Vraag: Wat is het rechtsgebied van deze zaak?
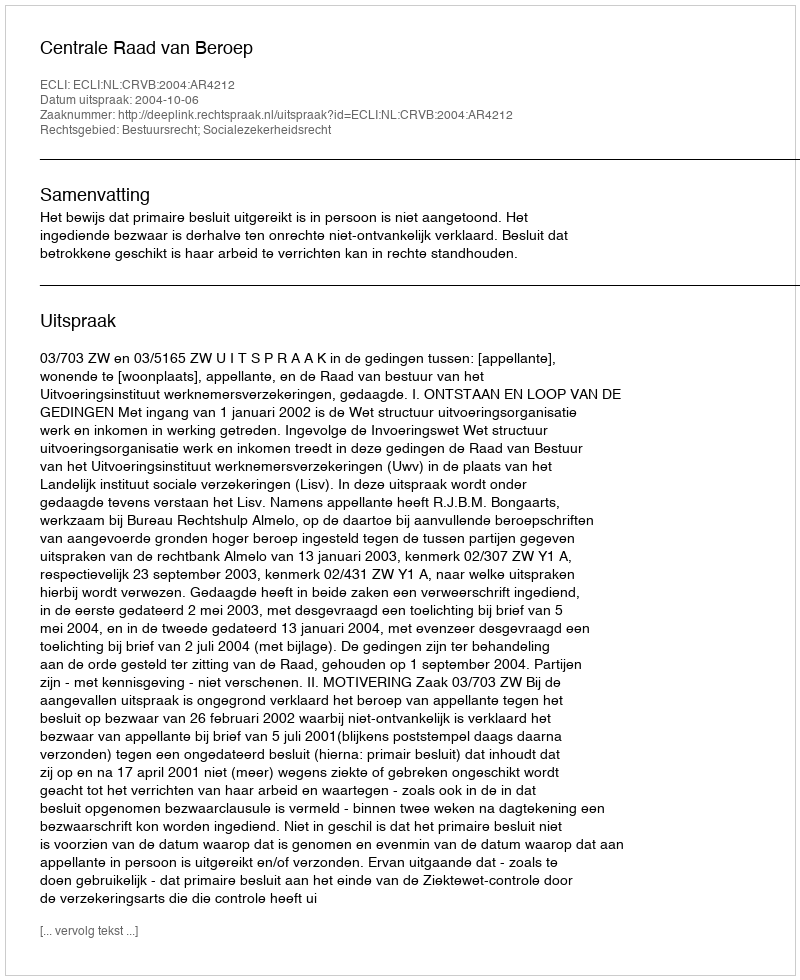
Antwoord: Bestuursrecht; Socialezekerheidsrecht